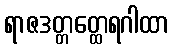
ရာဇဒတ္တတ္ထေရဂါထာ